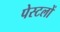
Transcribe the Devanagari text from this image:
पेस्टलों